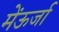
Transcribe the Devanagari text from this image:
मेंऊर्जा